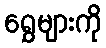
ရွှေများကို